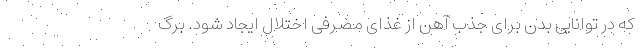
که در توانایی بدن برای جذب آهن از غذای مصرفی اختلال ایجاد شود. برگ